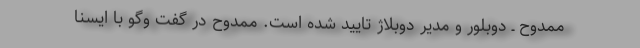
ممدوح ـ دوبلور و مدیر دوبلاژ تایید شده است. ممدوح در گفت وگو با ایسنا